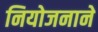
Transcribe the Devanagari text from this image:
नियोजनाने